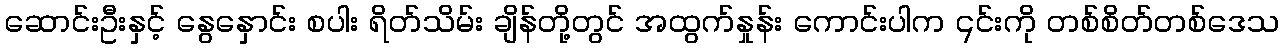
ဆောင်းဦးနှင့် နွေနှောင်း စပါး ရိတ်သိမ်း ချိန်တို့တွင် အထွက်နှုန်း ကောင်းပါက ၎င်းကို တစ်စိတ်တစ်ဒေသ